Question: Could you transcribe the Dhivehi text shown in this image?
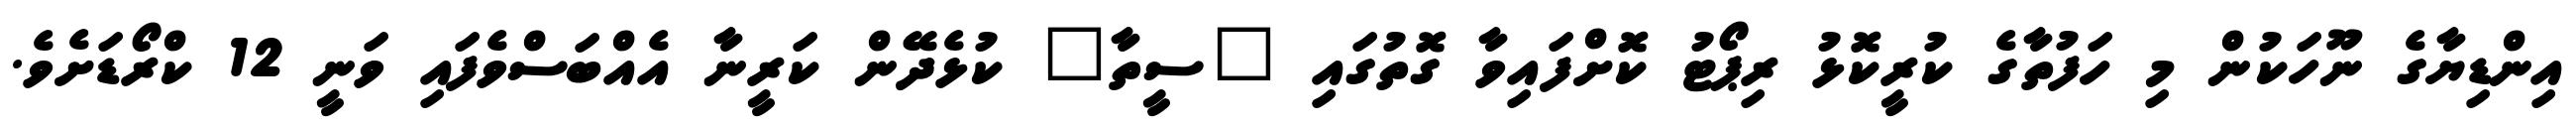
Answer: އިންޑިޔާގެ ނޫހަކުން މި ހަފުތާގެ ކުރީކޮޅު ރިޕޯޓު ކޮށްފައިވާ ގޮތުގައި "ސީތާ" ކުޅެދޭން ކަރީނާ އެއްބަސްވެފައި ވަނީ 12 ކްރޯޑަށެވެ.